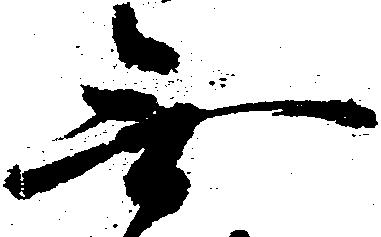
無